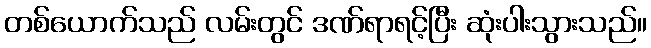
တစ်ယောက်သည် လမ်းတွင် ဒဏ်ရာရင့်ပြီး ဆုံးပါးသွားသည်။